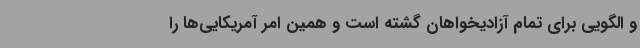
و الگویی برای تمام آزادیخواهان گشته است و همین امر آمریکایی‌ها را